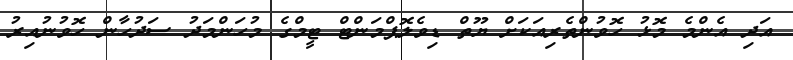
އަދި އެންމެ މޮޅު ހޮވުންތެރިއަކަށް ޔޫތް ޑިވެލޮޕްމަންޓް ޓީމްގެ މުހަންމަދު ސަދުހާން ހޮވުނުއިރު